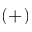
( + )